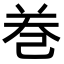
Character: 𢀻